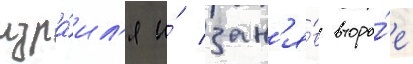
изра́ил'я и́ зан'я́в второ́е